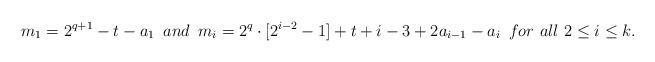
LaTeX: \begin{align*} m_1=2^{q+1}-t-a_1 \,\,\, and \,\,\, m_i=2^q\cdot [2^{i-2}-1]+t+i-3+2a_{i-1}-a_i \,\,\, for\,\, all\,\, 2\leq i \leq k. \end{align*}